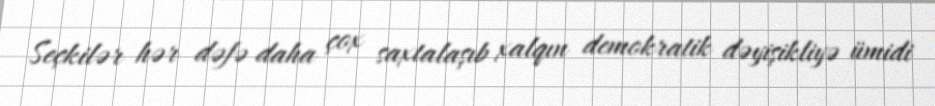
Seçkilər hər dəfə daha çox saxtalaşıb xalqın demokratik dəyişikliyə ümidi